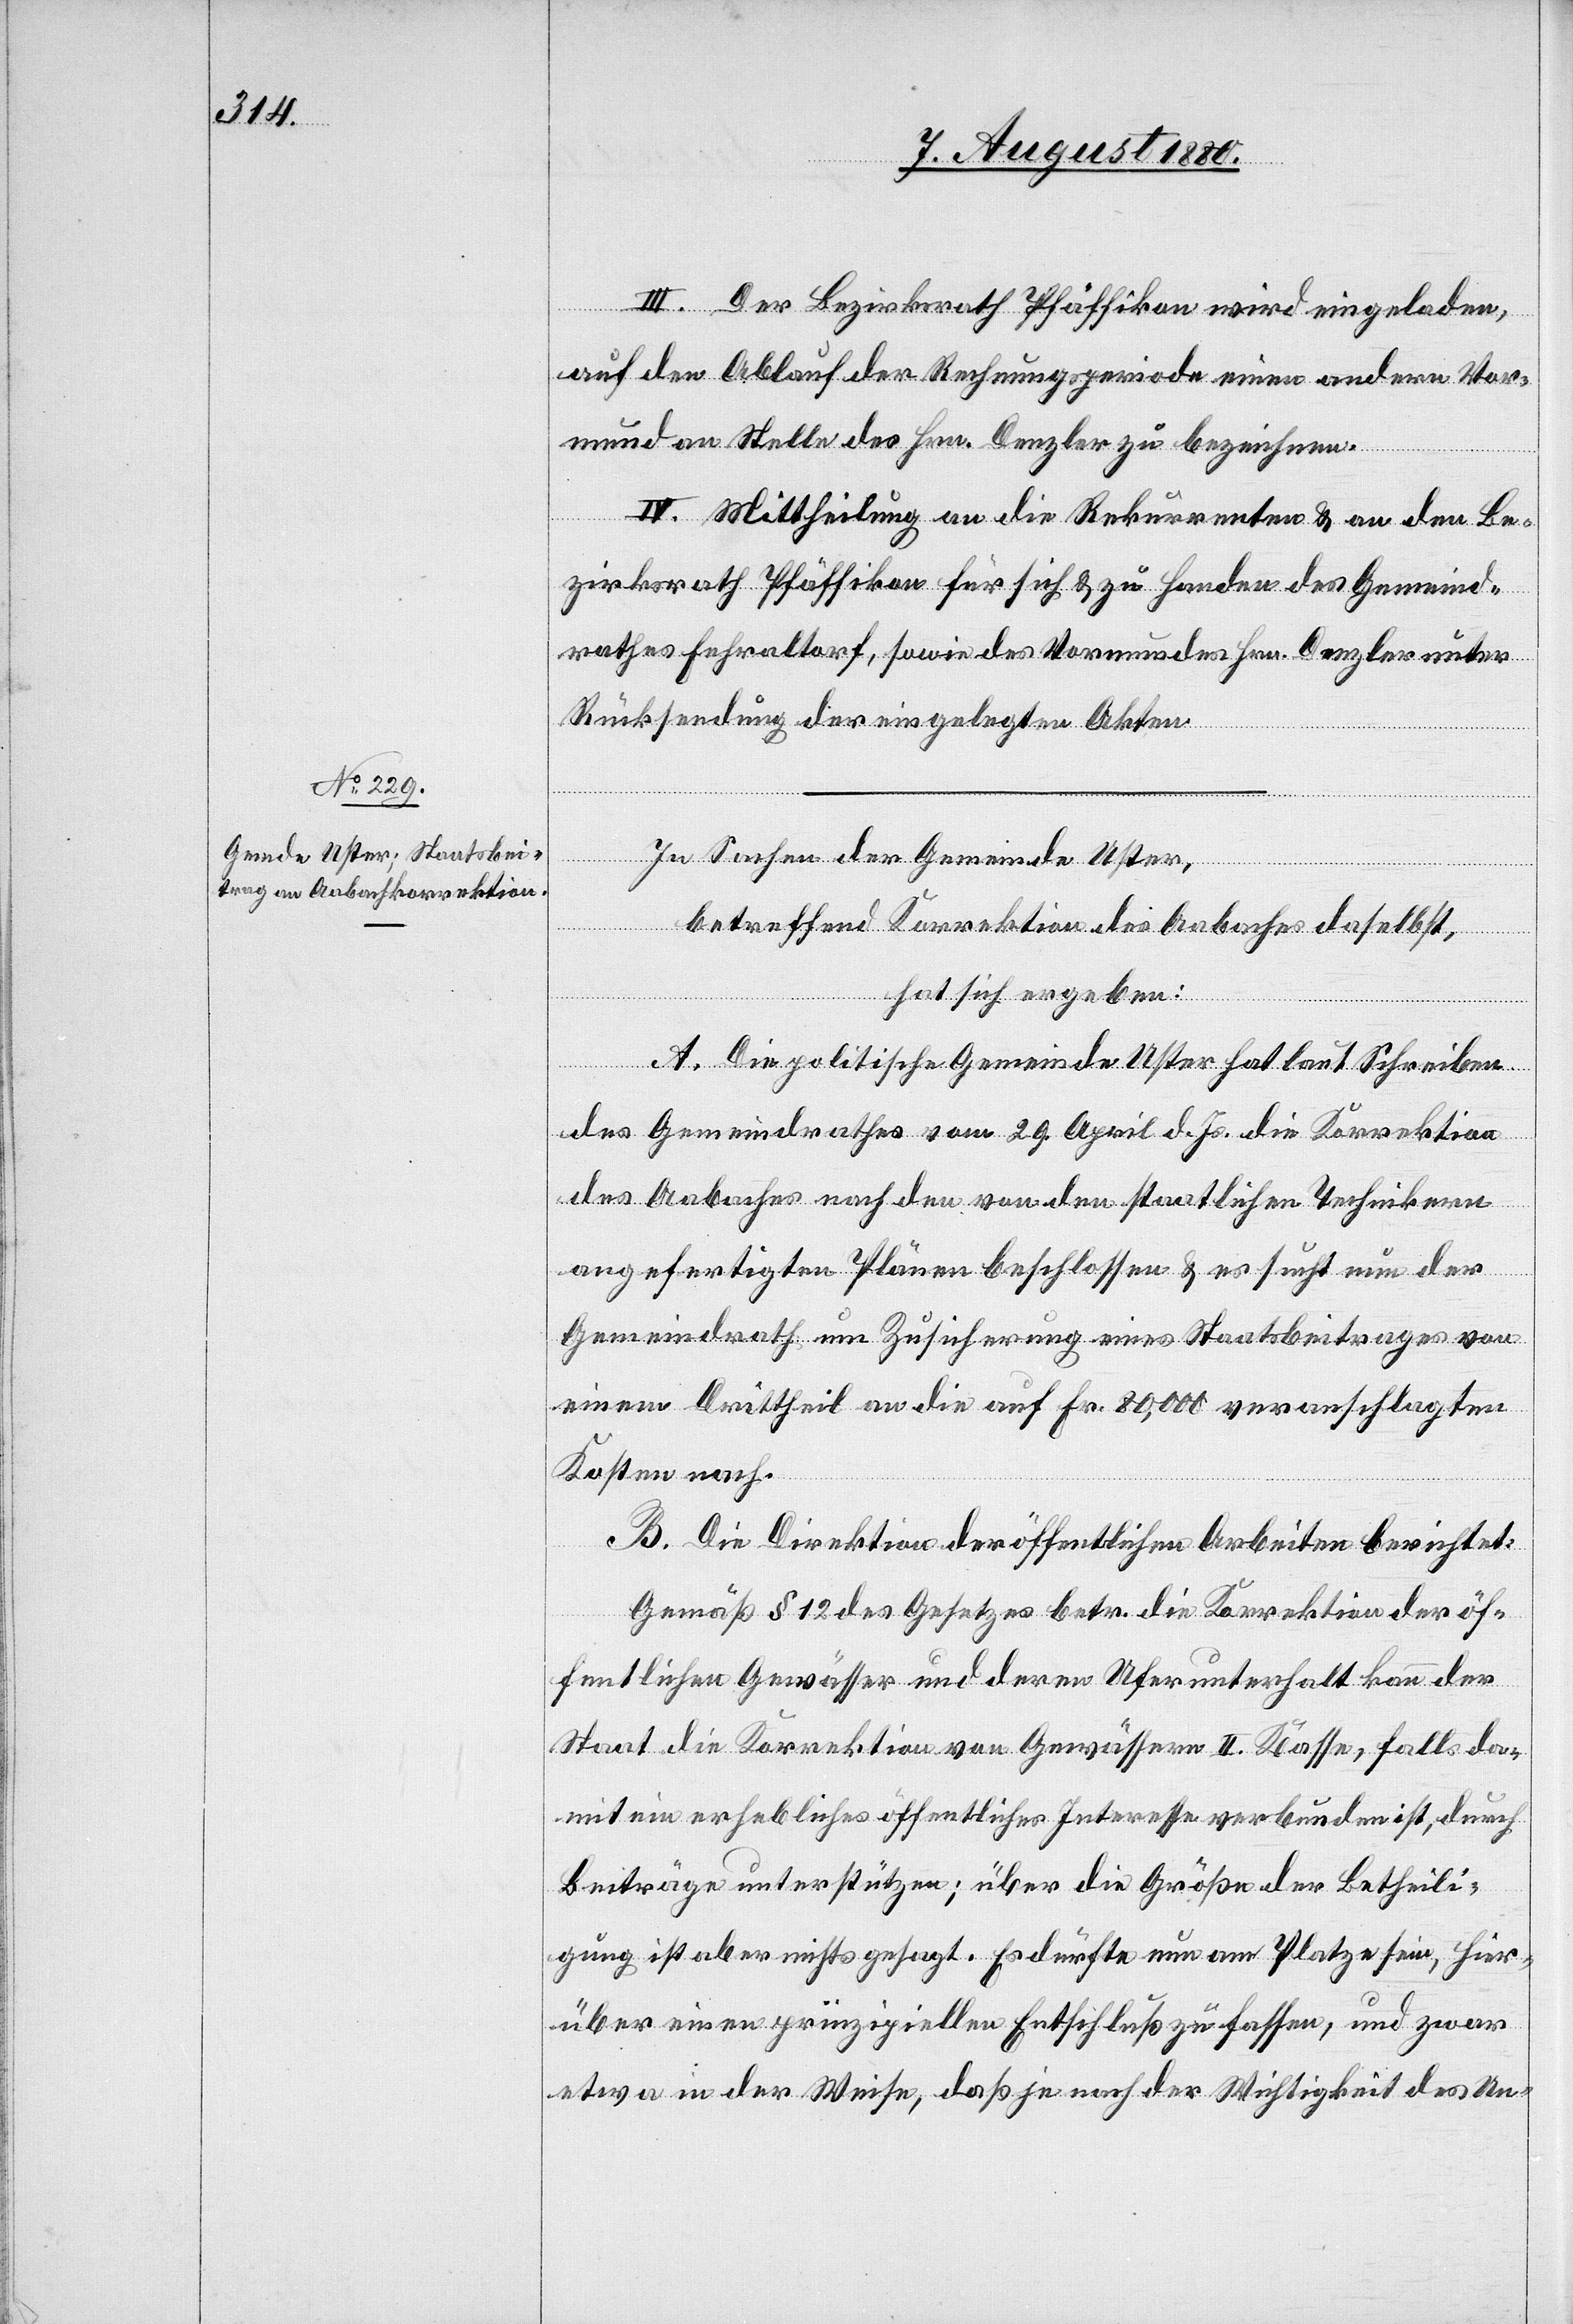
III. Der Bezirksrath Pfäffikon wird eingeladen
auf den Auslauf der Rechnungsperiode einen andern Vor¬
mund an Stelle des Hrn. Denzler zu bezeichnen.
IV. Mittheilung an die Rekurrenten & an den Be¬
zirksrath Pfäffikon für sich & zu Handen des Gemeind¬
rathes Fehraltorf, sowie des Vormundes Hrn. Denzler über
Rücksendung der eingelegten Akten.
In Sachen der Gemeinde Uster,
betreffend Korrektion des Aabaches daselbst,
hat sich ergeben:
A. Die politische Gemeinde Uster hat laut Schreiben
des Gemeindrathes vom 29. April d. Js. die Korrektion
des Aabaches nach den von den staatlichen Techniken
angefertigten Plänen beschlossen & ersucht nun der
Gemeindrath um Zusicherung eines Staatsbeitrages von
einem Drittheil an die auf Fr. 80,000 veranschlagten
Kosten nach.
B. Die Direktion der öffentlichen Arbeiten berichtet:
Gemäß § 12 des Gesetzes betr. die Korrektion der öf¬
fentlichen Gewässer und deren Uferunterhalt kann der
Staat die Korrektion von Gewässern II. Klasse, falls da¬
mit ein erhebliches öffentliches Interesse verbunden ist, durch
Beiträge unterstützen; über die Größe der Betheili¬
gung ist aber nichts gesagt. Es dürfte nun am Platze sein, hier¬
über einen prinzipiellen Entschluß zu fassen, und zwar
etwas in der Weise, daß je nach der Wichtigkeit des Un-